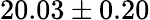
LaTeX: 20.03\pm 0.20